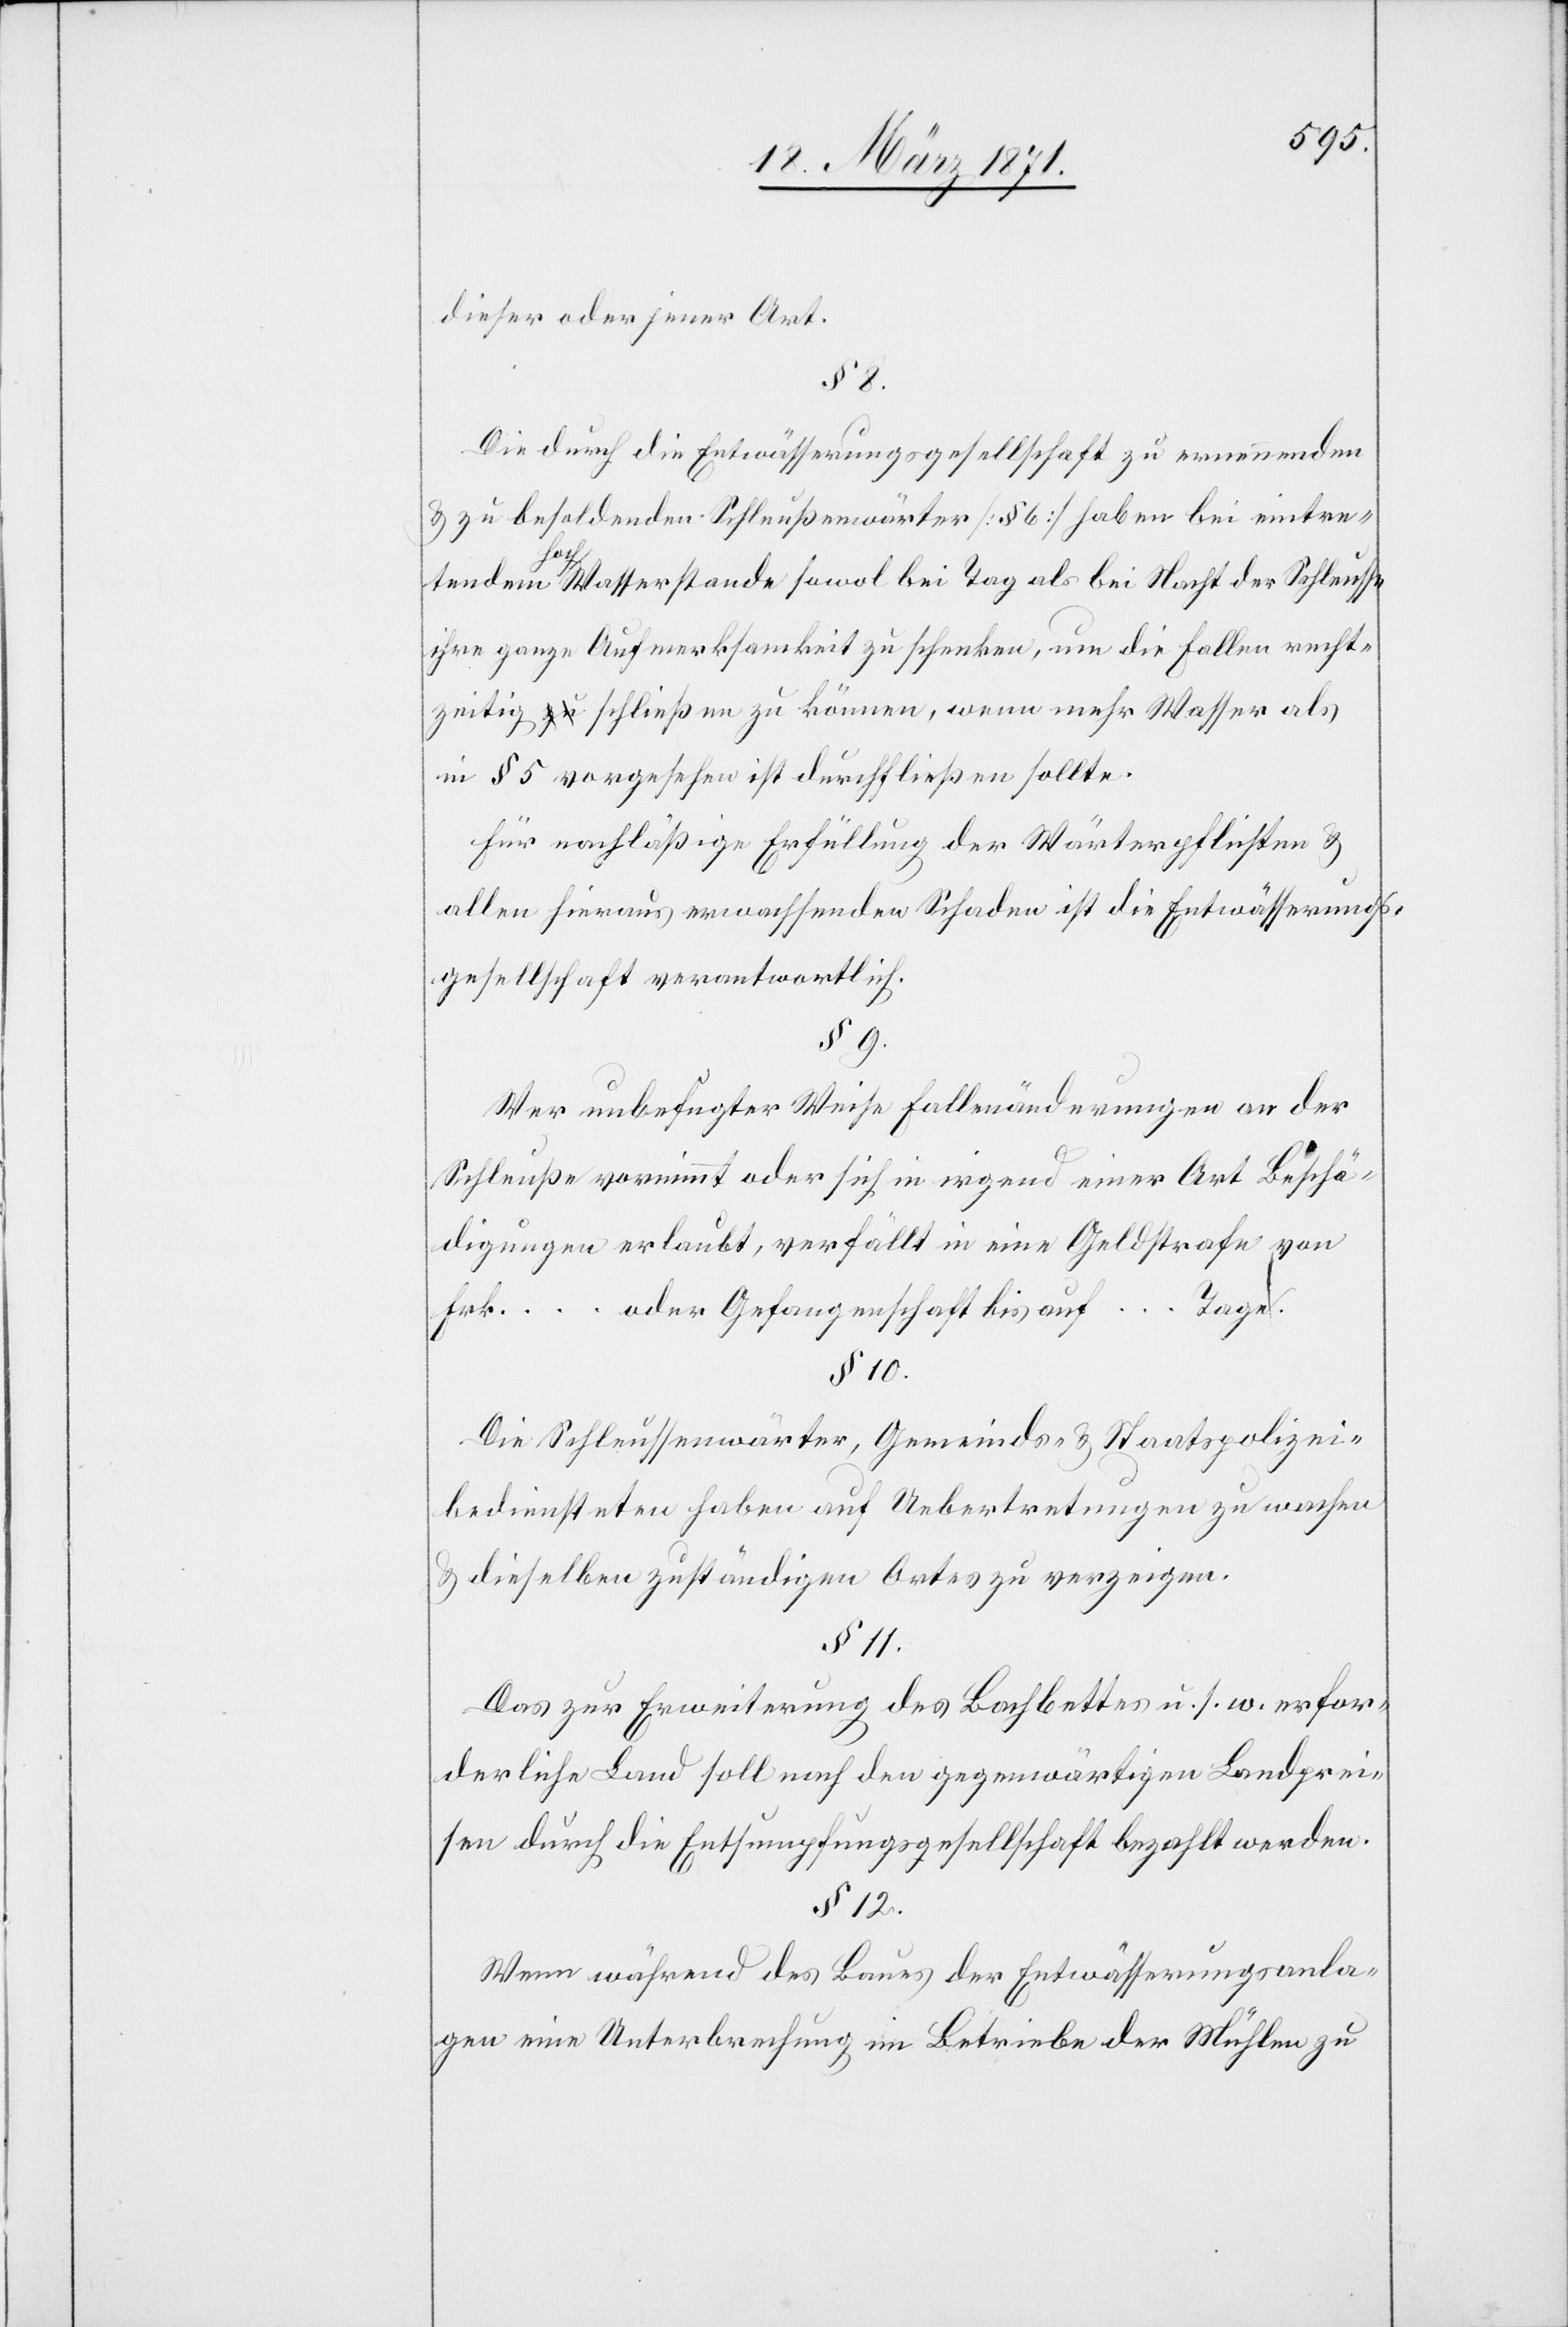
dieser oder jener Art.
Die durch die Entwässerungsgesellschaft zu ernennende
u. zu besoldenden Schleußenwärter [§ 6] haben bei eintre¬
tendem Hochwasserstande sowol bei Tag als bei Nacht der Schleusse
ihre ganze Aufmerksamkeit zu schenken, um die Fallen recht¬
zeitig schließen zu können, wenn mehr Wasser als
in § 5 vorgesehen ist durchfließen sollte.
Für nachläßige Erfüllung der Wärterpflichten u.
allen hieraus erwachsenden Schaden ist die Entwässerungs¬
gesellschaft verantwortlich.
§ 9
Wer unbefugter Weise Fallenänderungen an der
Schleuße vornimmt oder sich in irgend einer Art Beschä¬
digungen erlaubt, verfällt in eine Geldstrafe von
Frk. . . . . oder Gefangenschaft bis auf . . . . Tage.
§ 10
Die Schleussenwärter, Gemeinds- u. Staatspolizei¬
bediensteten haben auf Uebertretungen zu wachen
u. dieselben zuständigen Ortes zu verzeigen.
§ 11
Das zur Erweiterung des Bachbettes u. s. w. erfor¬
derliche Land soll nach den gegenwärtigen Landprei¬
sen durch die Entsumpfungsgesellschaft bezahlt werden.
§ 12
Wenn während des Baues der Entwässerungsanla¬
gen eine Unterbrechung im Betriebe der Mühlen zu